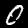
Label: 0